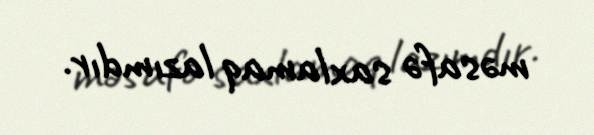
məsafə saxlamaq lazımdır.